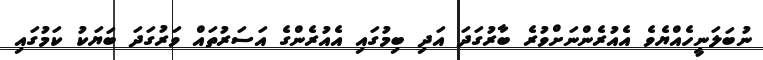
ނުބަލަނީހެއްޔެވެ އެއުރެންނަށްވުރެ ބާރުގަދަ އަދި ބިމުގައި އެއުރެންގެ އަސަރުތައް ވަރުގަދަ ބަޔަކު ކަމުގައި